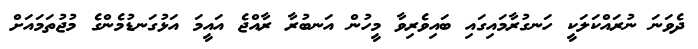
ދެވަނަ ނުރައްކަލަކީ ހަނގުރާމައިގައި ބައިވެރިވާ މީހުން އަނބުރާ ރާއްޖެ އައީމަ އަޅުގަނޑުމެންގެ މުޖުތަމައަށް